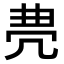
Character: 𠙐